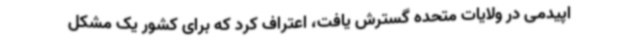
اپیدمی در ولایات متحده گسترش یافت، اعتراف کرد که برای کشور یک مشکل